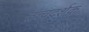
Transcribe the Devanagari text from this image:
तत्त्वदर्शक